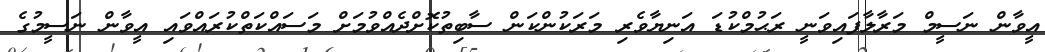
އީވާން ނަސީމް މަރާލާފައިވަނީ ރަޙުމްކުޑަ އަނިޔާވެރި މަރަކުންކަން ސާބިތުކޮށްދެއްވުމަށް މަސައްކަތްކުރައްވައި އީވާން ނަސީމުގެ